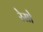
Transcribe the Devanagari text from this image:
रेसो